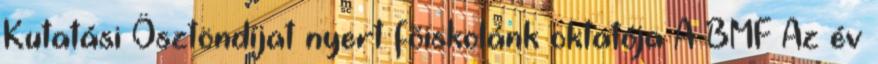
Kutatási Ösztöndíjat nyert fõiskolánk oktatója A BMF Az év